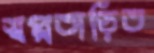
স্বপ্নতাড়িত